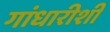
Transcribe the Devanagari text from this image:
गांधारीशी